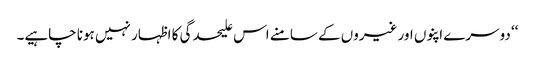
‘‘ دوسرے اپنوں اور غیروں کے سامنے اس علیحدگی کا اظہار نہیں ہونا چاہیے۔